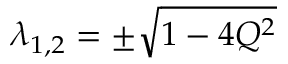
\lambda _ { 1 , 2 } = \pm \sqrt { 1 - 4 Q ^ { 2 } }